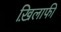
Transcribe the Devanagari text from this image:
ख़िलाफी